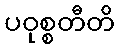
ပဝုစ္စတီတိ